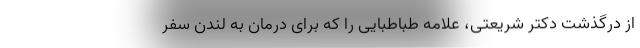
از درگذشت دکتر شریعتی، علامه طباطبایی را که برای درمان به لندن سفر